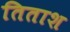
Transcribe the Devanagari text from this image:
तिताश